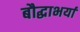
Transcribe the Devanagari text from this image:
बौद्धाभर्या